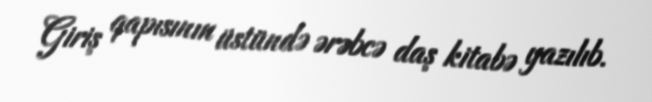
Giriş qapısının üstündə ərəbcə daş kitabə yazılıb.